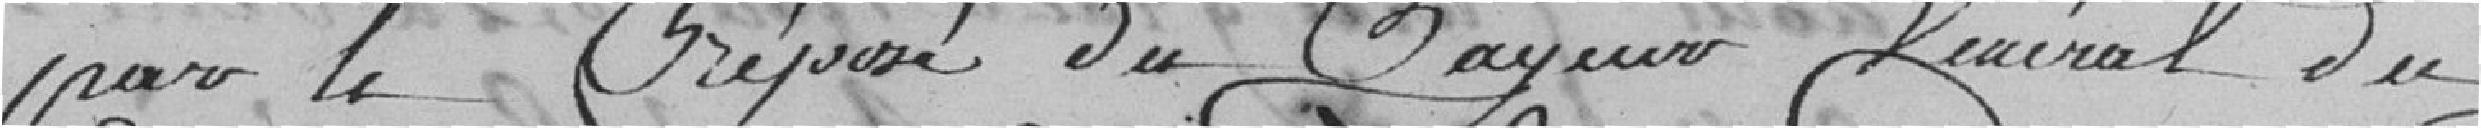
pour le préposé du bayeur général du